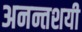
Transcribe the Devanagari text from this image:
अनन्तशयी